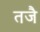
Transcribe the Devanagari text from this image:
तजै